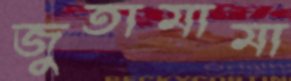
জুতামামা